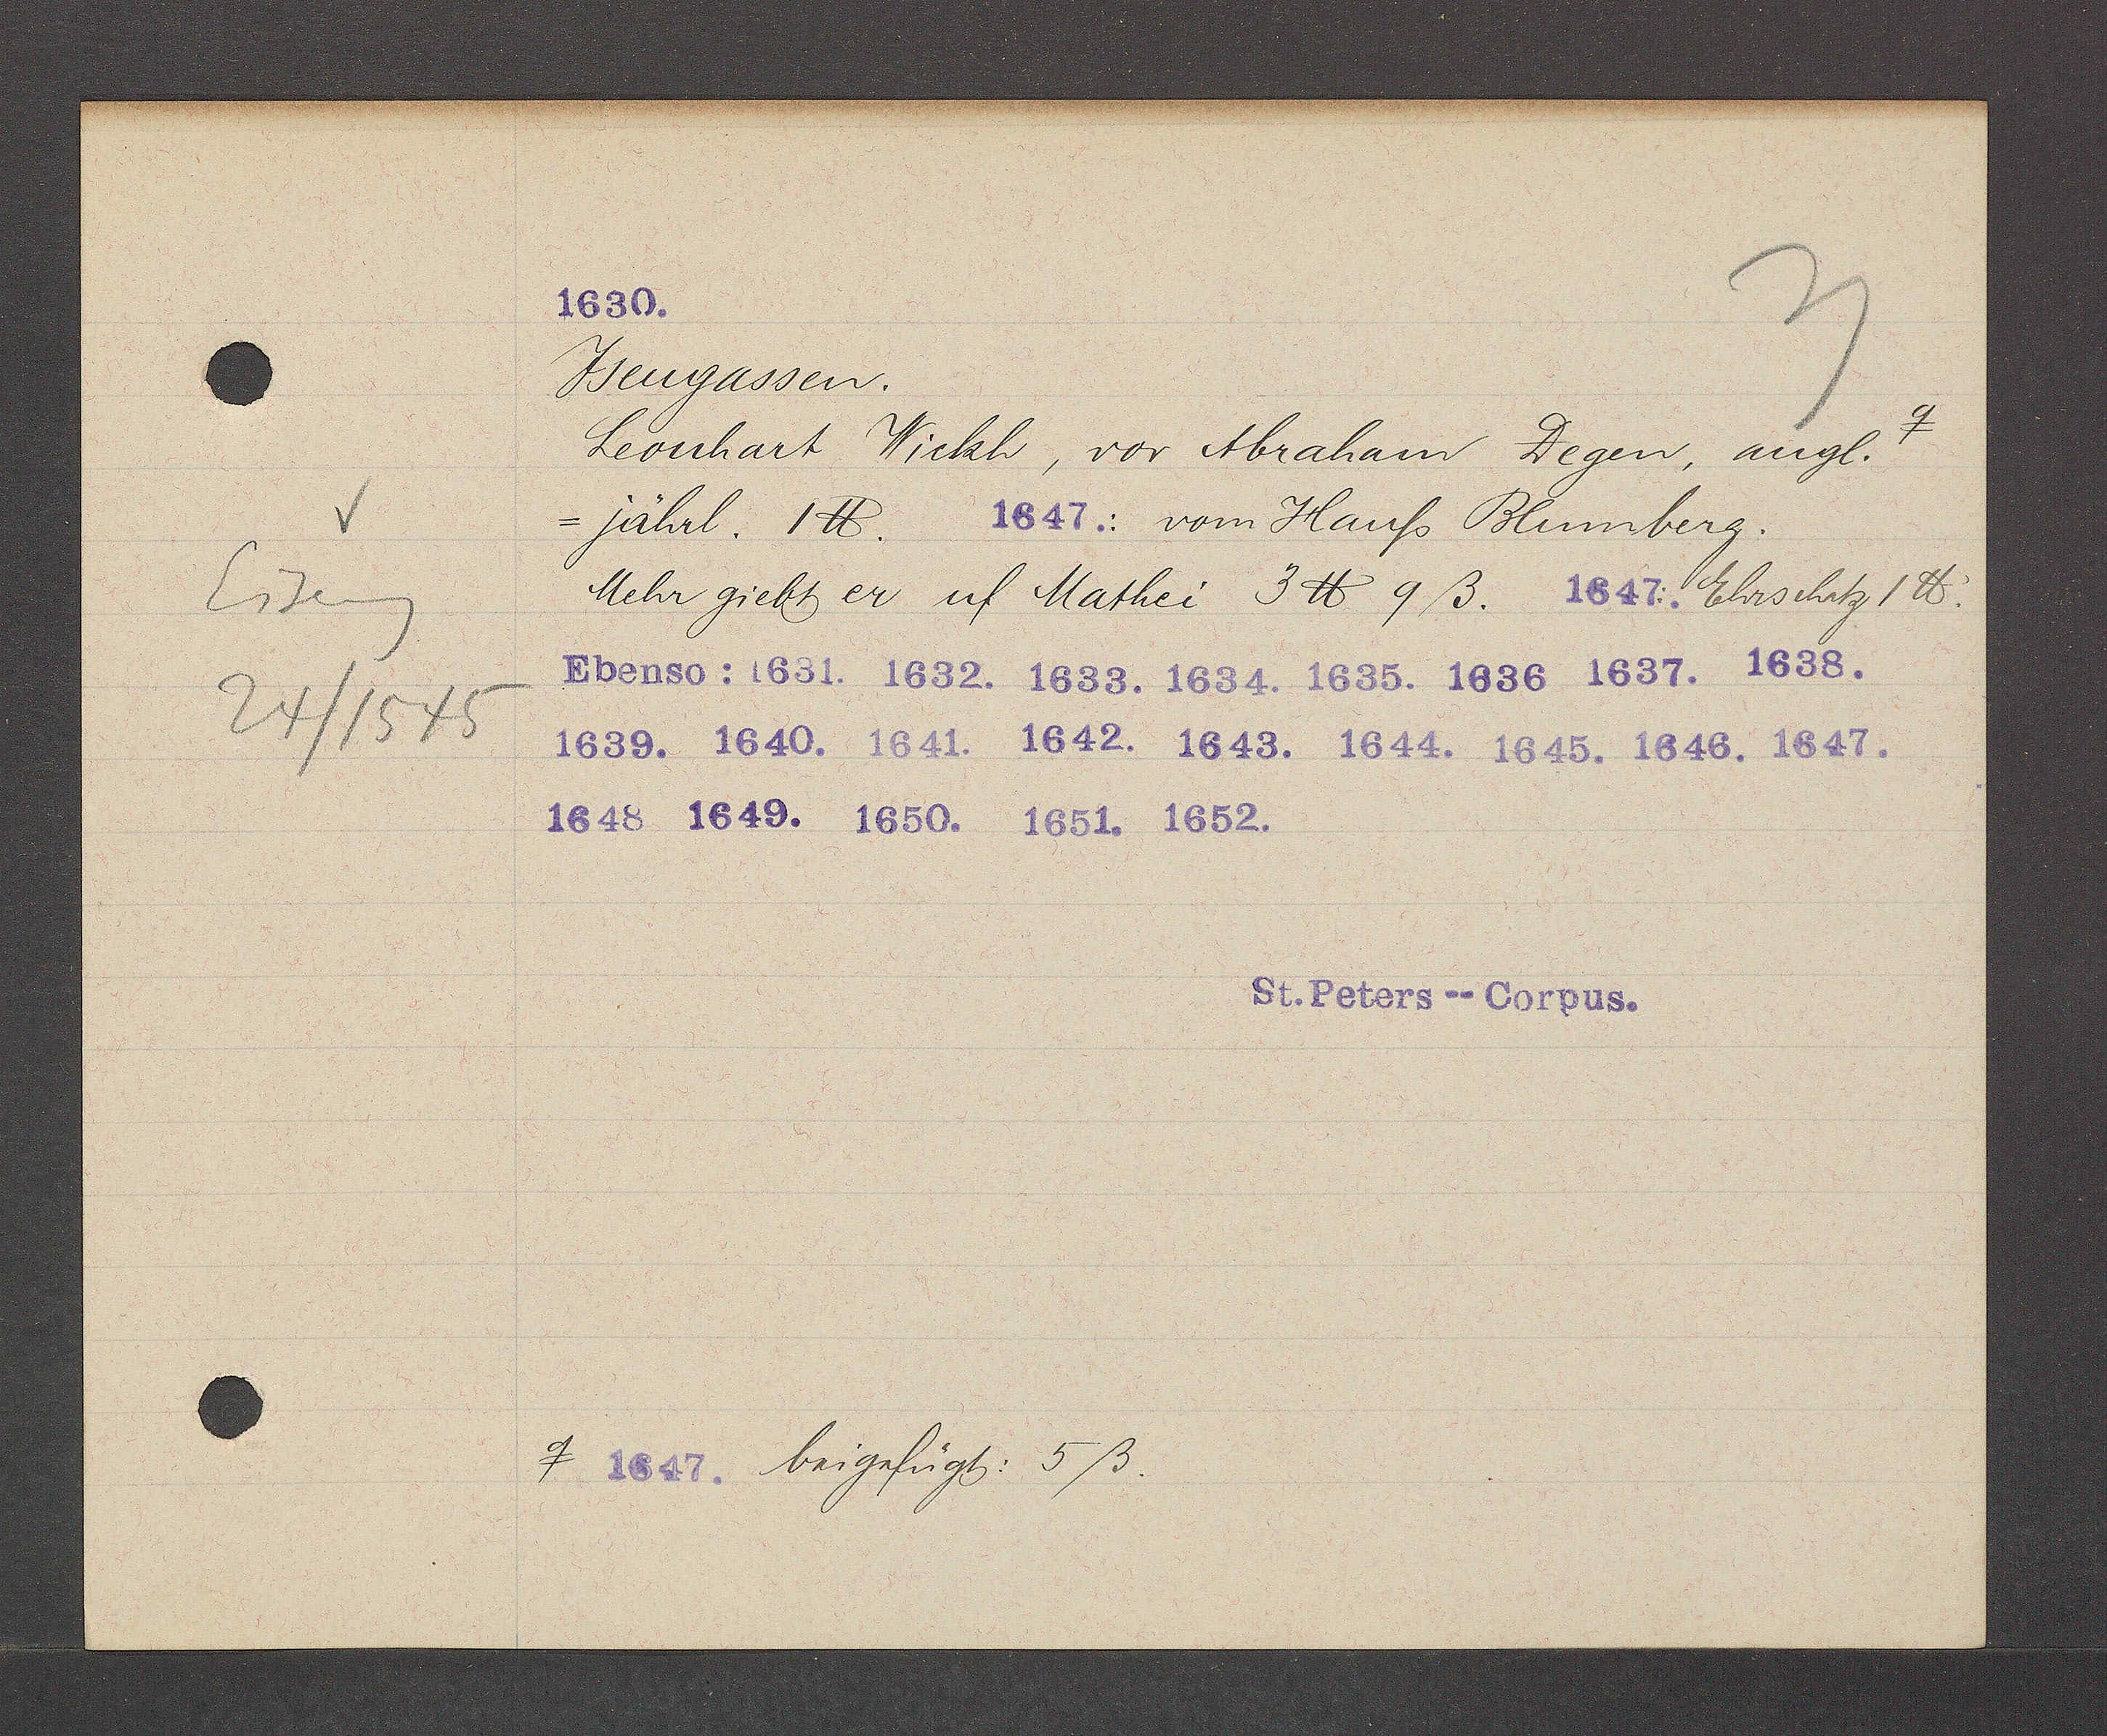
Transcript:
Eiseng
24/1545

Jsengassen.
ɋ
Leonhart Wickh, vor Abraham Degen, angl.
: vom Hauss Blumberg.
= jährl. 1℔. 
Mehr giebt er uf Mathei 3 ℔9ß.
Ehrschatz 1℔. 
ɋ
beigefügt: 5 ß.